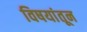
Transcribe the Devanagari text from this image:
विषयांतून